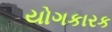
યોગકારક